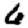
Digit: 6